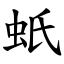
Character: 蚔